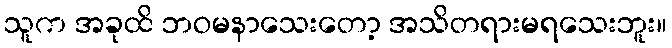
သူက အခုထိ ဘဝမနာသေးတော့ အသိတရားမရသေးဘူး။